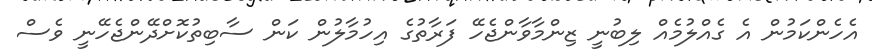
އެހެންކަމުން އެ ގެއްލުމެއް ލިބުނީ ޒިންމާވާންޖެހޭ ފަރާތުގެ އިހުމާލުން ކަން ސާބިތުކޮށްދޭންޖެހޭނީ ވެސް